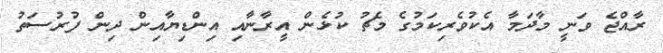
ރާއްޖެ ވަނީ މާދަމާ އެކުވެރިކަމުގެ މެޗު ކުޅެން އީރާނާއި އިންޑިޔާއިން ދިން ފުރުސަތު